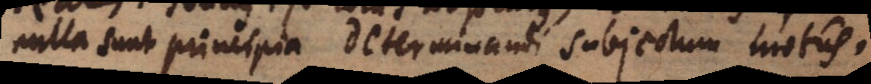
nulla sunt principia determinandi subjectum motus.